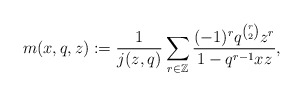
\begin{align*} m(x,q,z) := \frac{1}{j(z,q)} \sum_{r \in \mathbb{Z}} \frac{(-1)^r q^{\binom{r}{2}} z^r}{1-q^{r-1} xz},\end{align*}